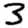
Digit: 3